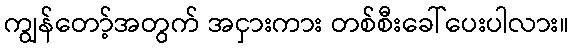
ကျွန်တော့်အတွက် အငှားကား တစ်စီးခေါ်ပေးပါလား။